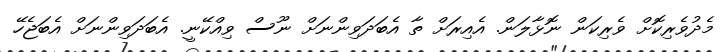
މެދުވެރިކޮށް ވެރިކަން ނޮޅާލަން. އެއިރަށް ތާ އެބަދަވިންނަށް ނޫސް ވިއްކޭނީ. އެބަދަވިންނަށް އެބަޖެހޭ